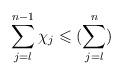
LaTeX: \begin{align*}\sum\limits_{j = l}^{n-1} \chi_j \leqslant (\sum\limits_{j=l}^{n})\end{align*}